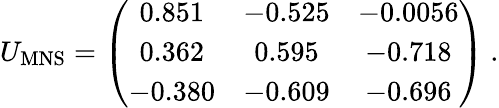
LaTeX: U_{\mathrm{MNS}}=\left(\begin{array}{ccc}{{0.851}}&{{-0.525}}&{{-0.0056}}\\ {{0.362}}&{{0.595}}&{{-0.718}}\\ {{-0.380}}&{{-0.609}}&{{-0.696}}\end{array}\right)\ .